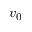
v _ { 0 }